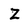
Character: Z